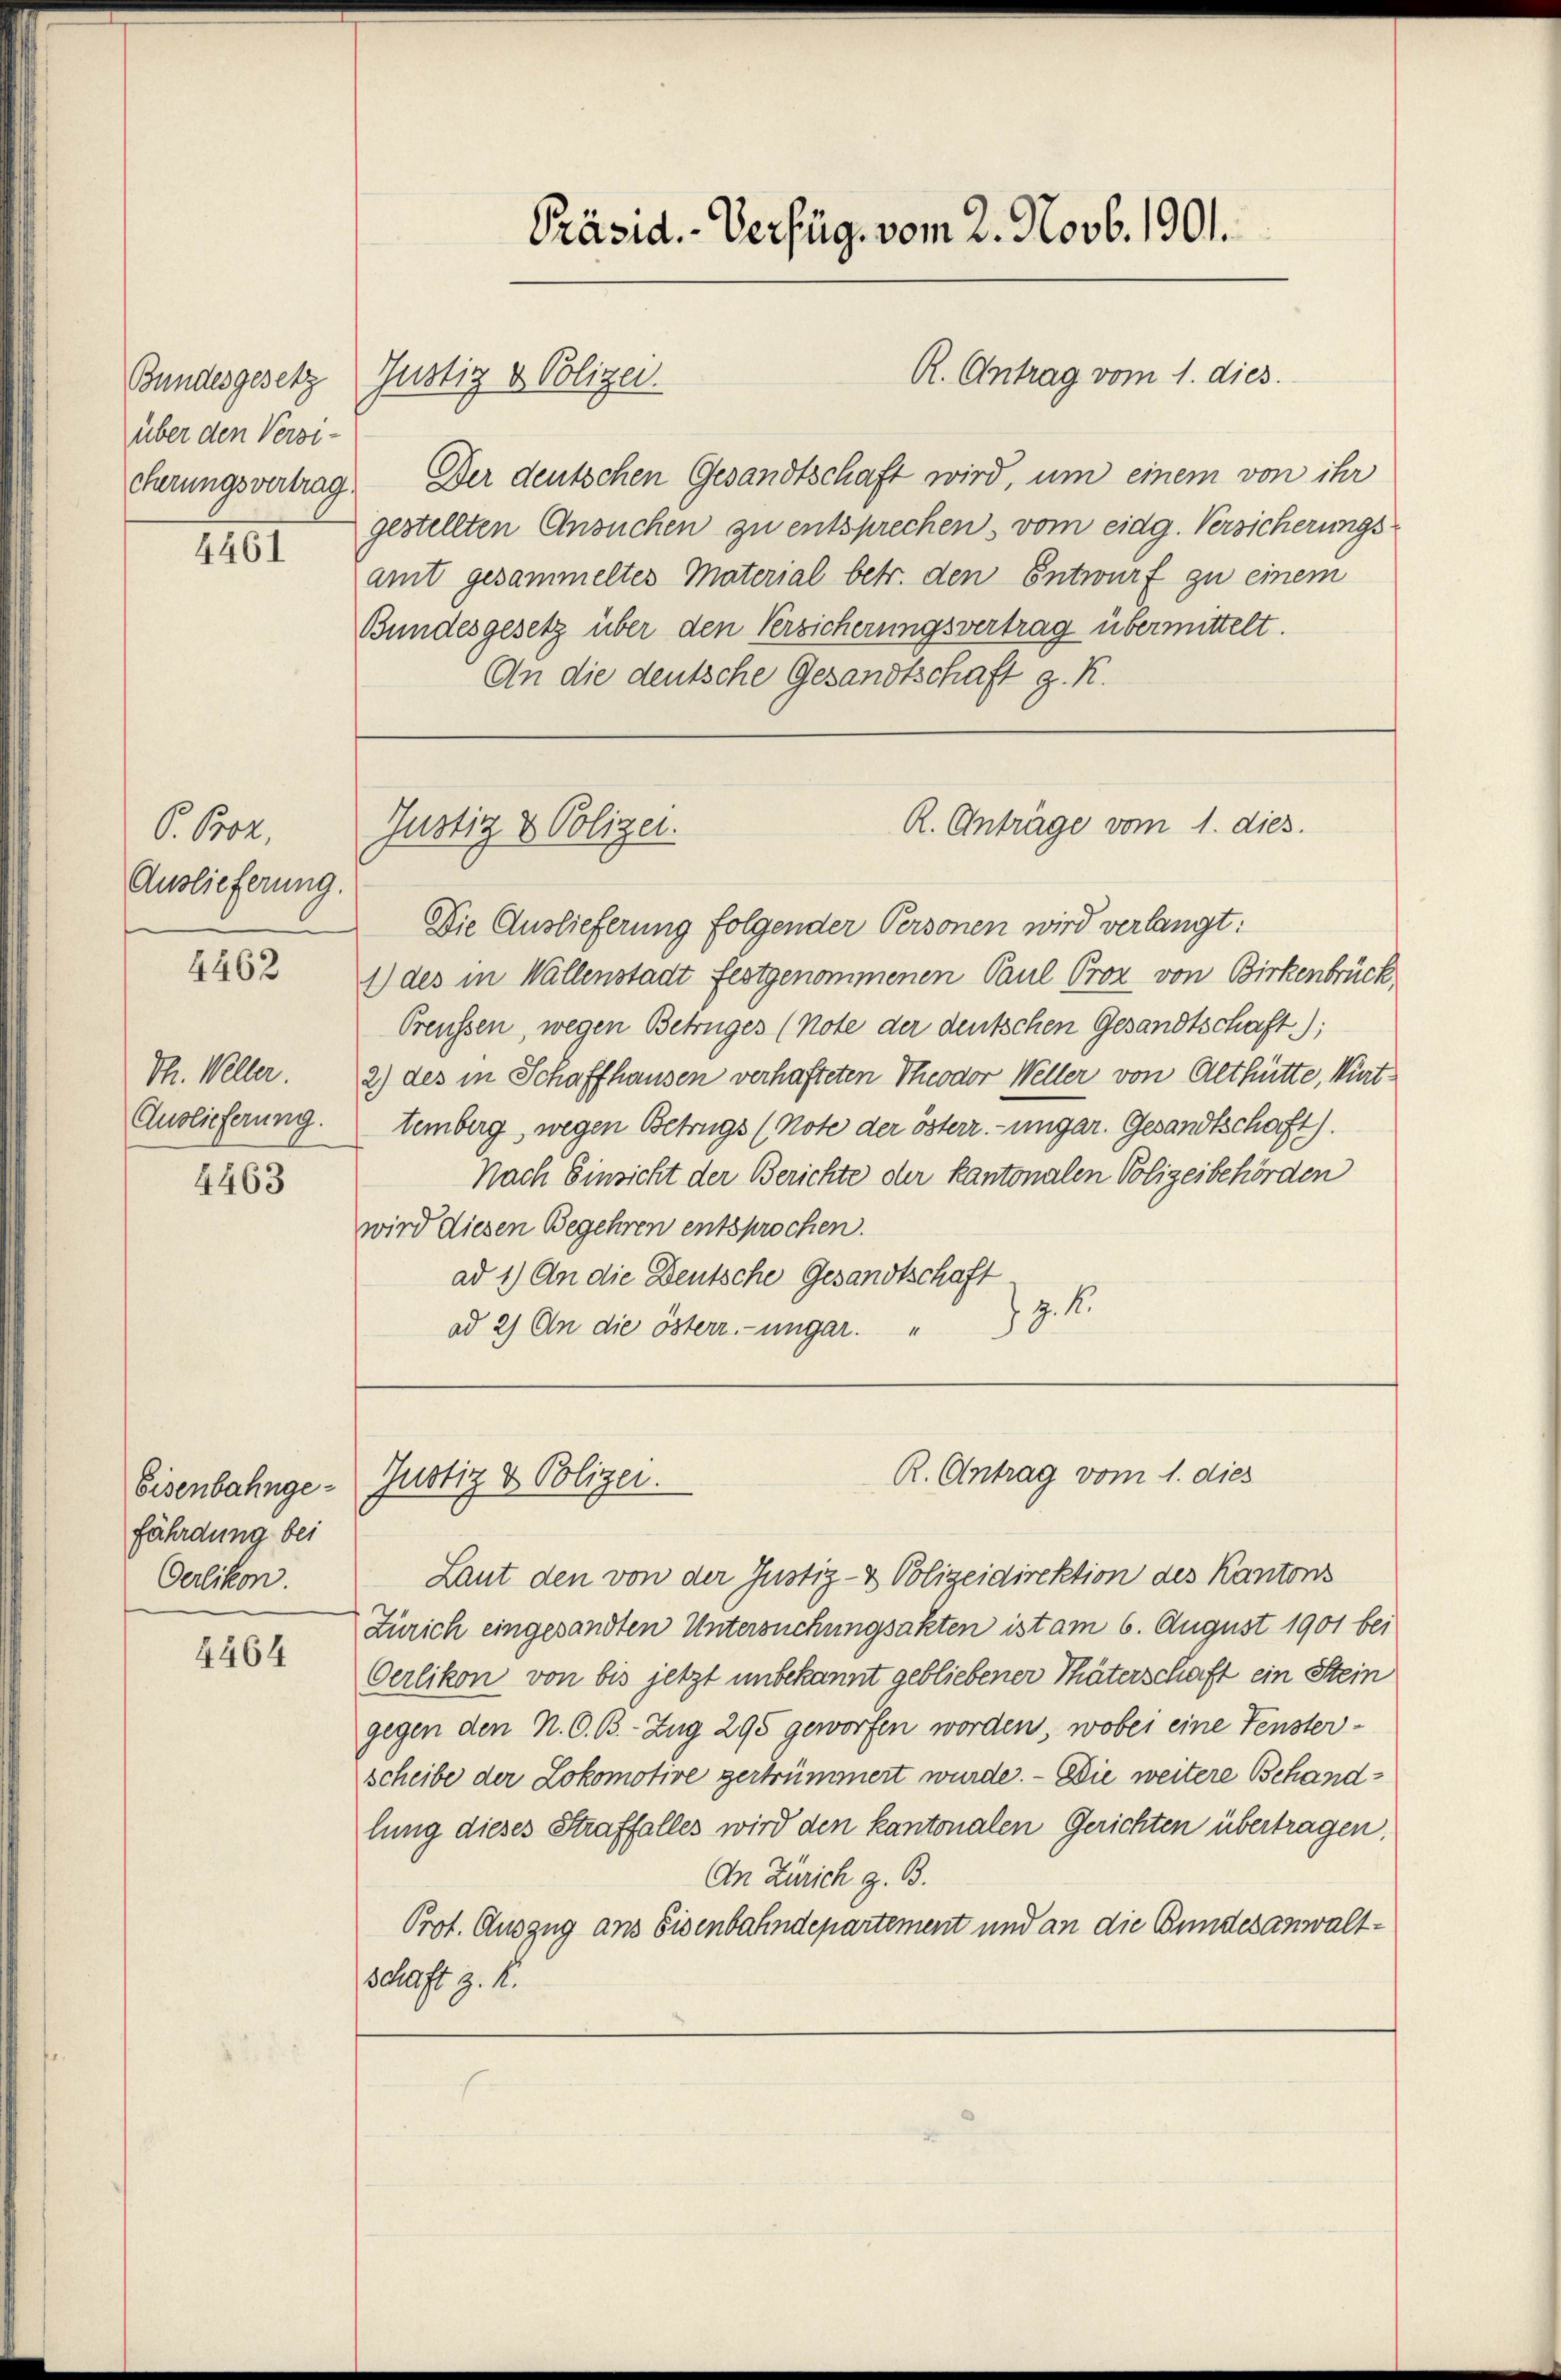
über den Versi-
cherungsvertrag.

4461

P. Proz.
Auslieferung.

4462

Th. Weller.
Auslieferung.

4463

Eisenbahngefährdung bei
Oerlikon

4464

Bundesgesetz Justiz & Polizei.

Justiz & Polizei.

Justiz & Polizei.

Präsid.-Verfüg, vom 2. Novb. 1901.

R. Antrag vom 1. dies

R. Anträge vom 1. dies.

Der deutschen Gesandtschaft wird, um einem von ihr
gestellten Ansuchen zu entsprechen, vom eidg. Versicherungs-
amt gesammeltes Material betr. den Entwurf zu einem
Bundesgesetz über den Versicherungsvertrag übermittelt.
An die deutsche Gesandtschaft z. R.

R. Antrag vom 1. dies

Die Auslieferung folgender Personen wird verlangt:
1) des in Wallenstadt festgenommenen Paul Proz von Birkenbrück
Preussen, wegen Betruges (note der deutschen Gesandtschaft);
2) des in Schaffhausen verhafteten Theodor Weller von Althütte, Württemberg, wegen Betrugs (Note der österr.-ungar. Gesandtschaft).
Nach Einsicht der Berichte der kantonalen Polizeibehörden
wird diesen Begehren entsprochen.
ad 1.) An die Deutsche Gesandtschaft
 z. B.
ad 2) An die österr.-ungar.

Laut den von der Justiz- & Polizeidirektion des Kantons
Zürich eingesandten Untersuchungsakten ist am 6. August 1901 bei
Oerlikon von bis jetzt unbekannt gebliebener Thäterschaft ein Stein
gegen den N. O. B. Zug 295 geworfen worden, wobei eine Fensterscheibe der Lokomotive gertrümmert wurde. - Die weitere Behandlung dieses Straffalles wird den kantonalen Gerichten übertragen.
An Zürich z. B.
Prot. Auszug ans Eisenbahndepartement und an die Bundesanwaltschaft z. K.